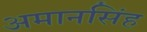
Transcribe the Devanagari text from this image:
अमानसिंह